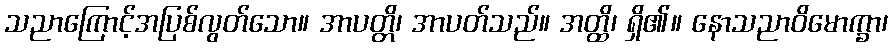
သညာကြောင့်အပြစ်လွတ်သော။ အာပတ္တိ၊ အာပတ်သည်။ အတ္ထိ၊ ရှိ၏။ နောသညာဝိမောက္ခာ၊